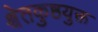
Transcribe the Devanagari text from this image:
श्वेतकुष्ठयुक्त